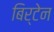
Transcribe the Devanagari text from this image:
बिर्टेन